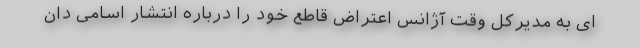
ای به مدیرکل وقت آژانس اعتراض قاطع خود را درباره انتشار اسامی دان